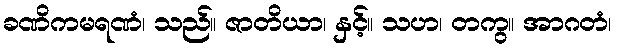
ခဏိကမရဏံ၊ သည်။ ဇာတိယာ၊ နှင့်။ သဟ၊ တကွ။ အာဂတံ၊